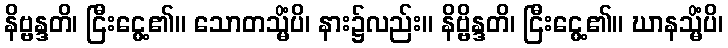
နိဗ္ဗန္ဒတိ၊ ငြီးငွေ့၏။ သောတသ္မိံပိ၊ နား၌လည်း။ နိဗ္ဗိန္ဒတိ၊ ငြီးငွေ့၏။ ဃာနသ္မိံပိ၊